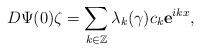
LaTeX: \begin{align*} D\Psi(0)\zeta=\sum_{k\in\Bbb Z} \lambda_k(\gamma)c_{k}{\bf e}^{ikx},\end{align*}